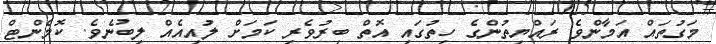
މަގުތައް އަމާންވެ ރައްޔިތުންގެ ހިތުގައި އޮތް ބިރުވެރި ކަމަށް ލުއިއެއް ލިބުނެވެ. ކޮމެންޓް